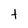
Character: t